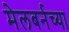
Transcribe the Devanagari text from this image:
मेलबर्नच्या